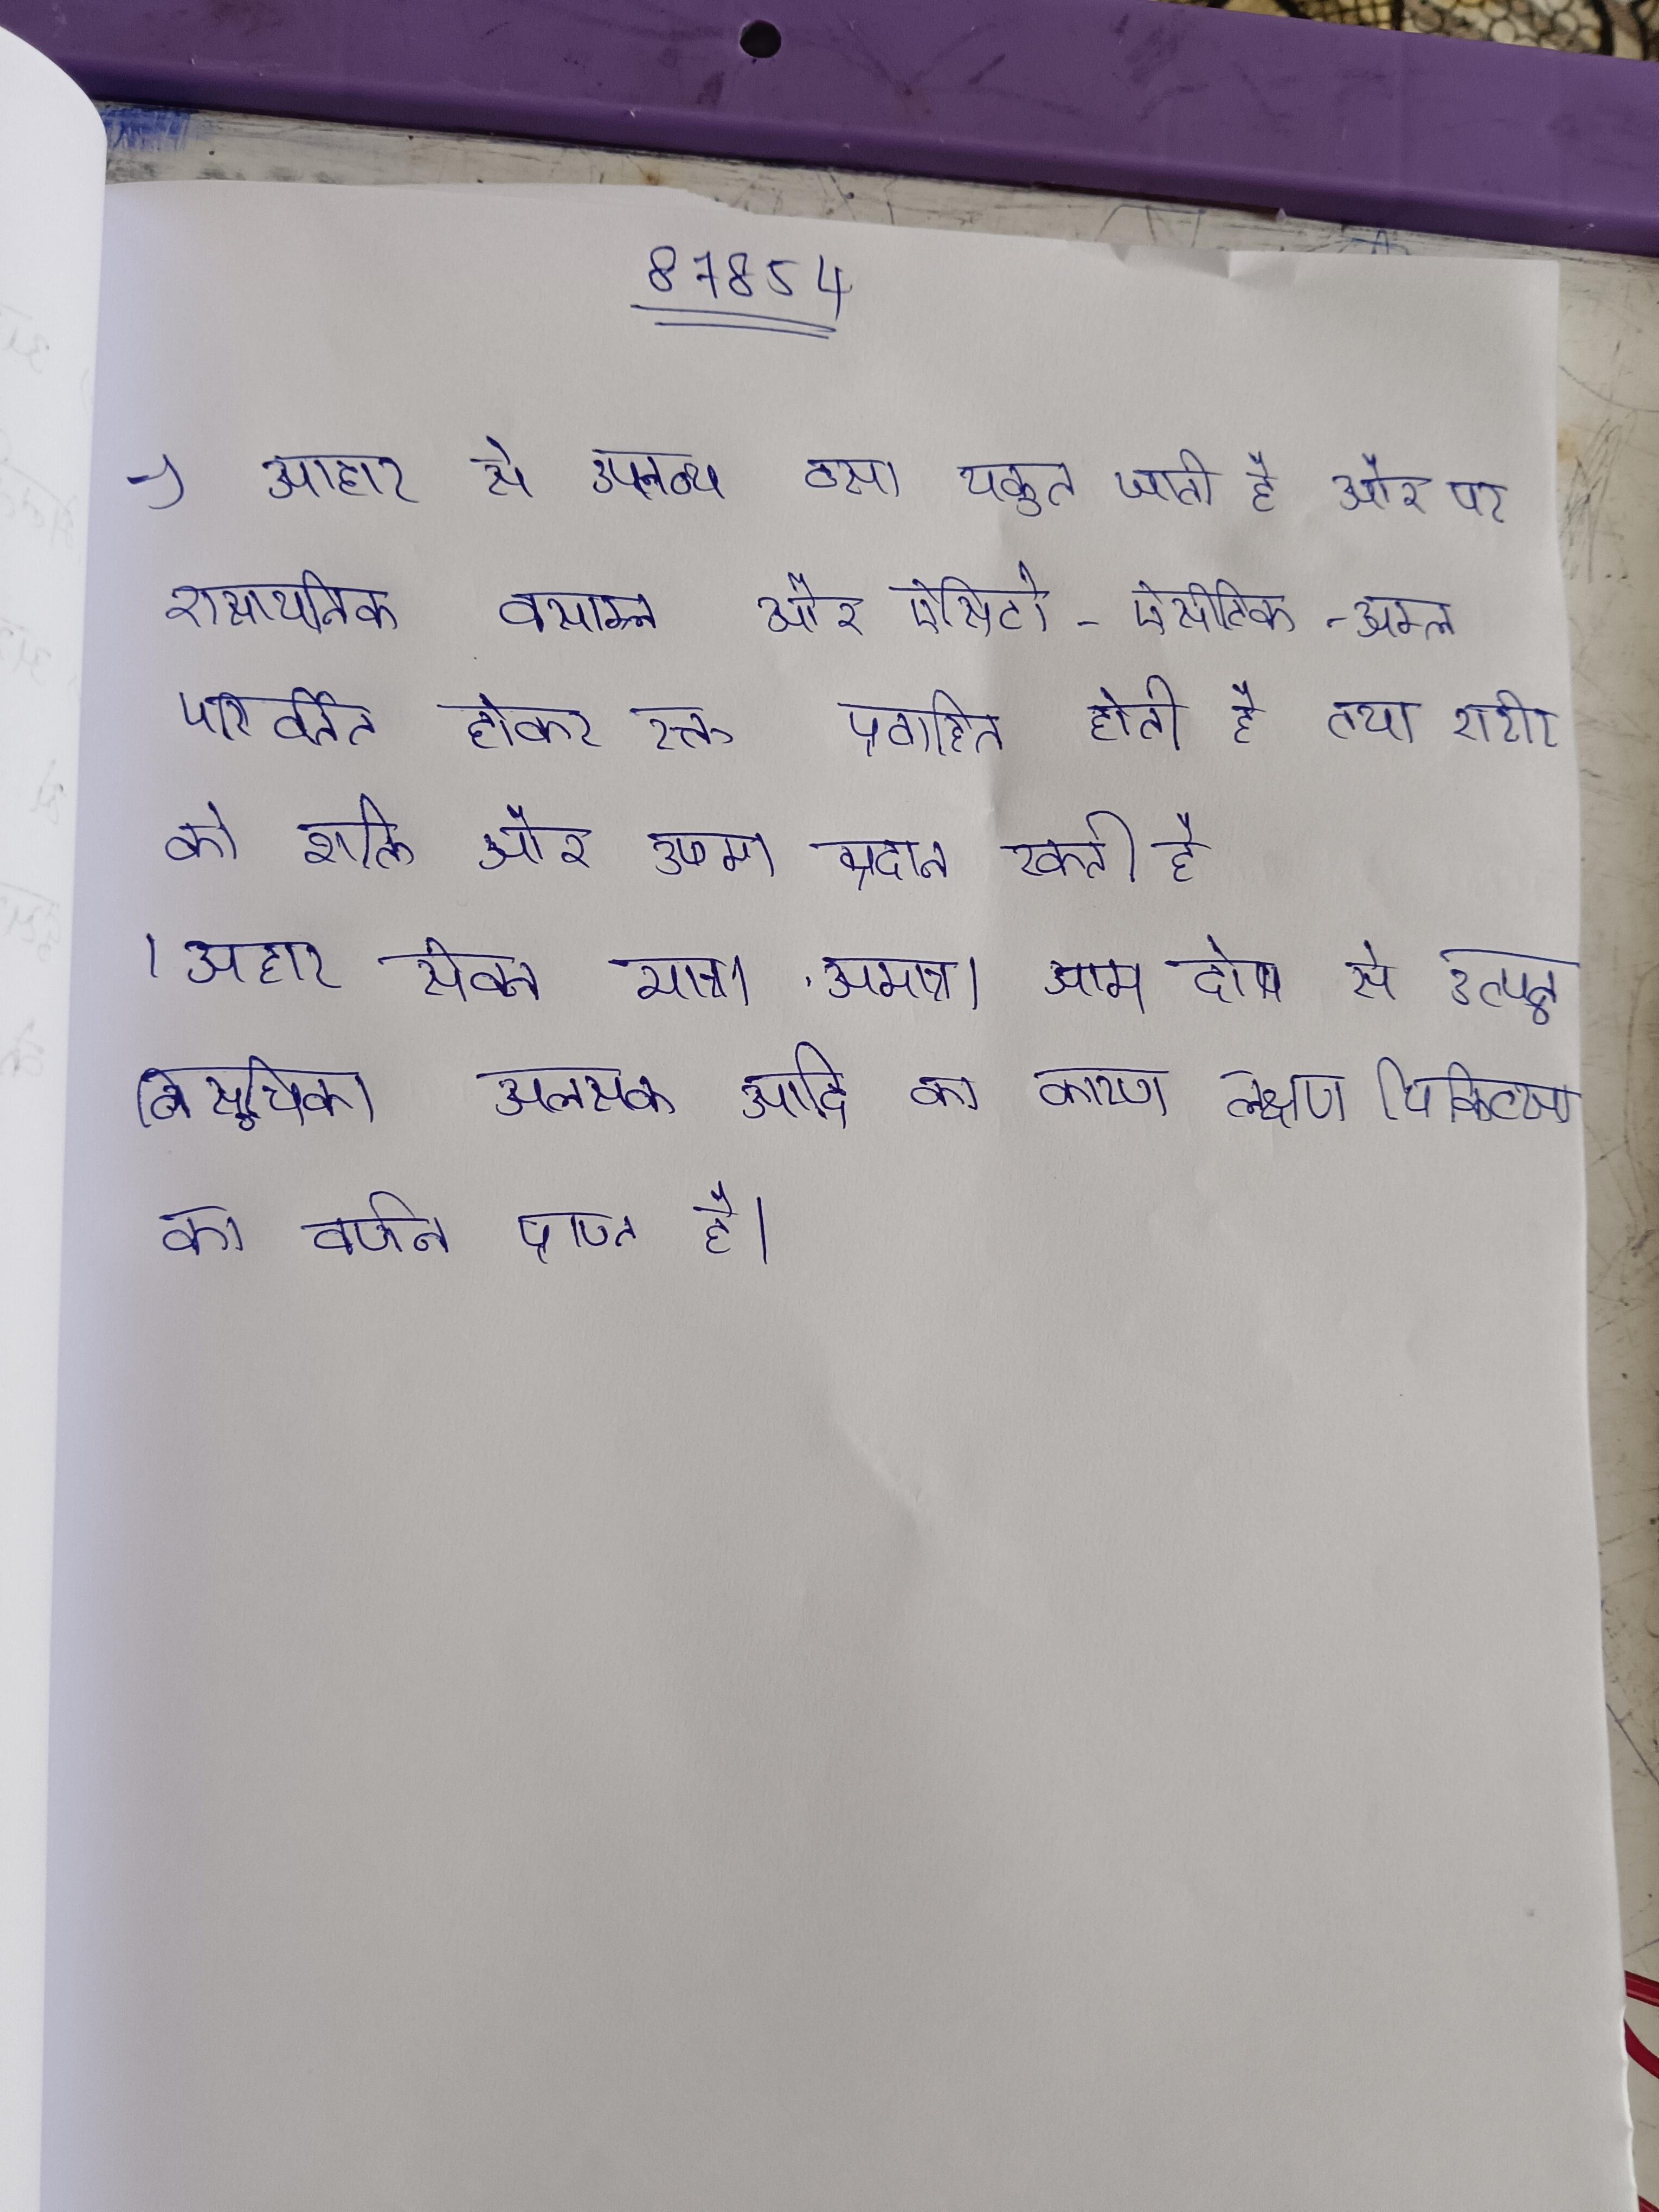
आहार से उपलब्ध वसा यकृत जाती है और पर रासायनिक वसाम्ल और ऐसिटो-ऐसीटिक-अम्ल परिवर्तित होकर रक्त प्रवाहित होती है तथा शरीर को शक्ति और उष्मा प्रदान रकती है । आहार सेवन मात्रा, अमात्रा, आम दोष से उत्पन्न, विसुचिका, अलसक आदि का कारण, लक्षण, चिकित्सा का वर्णन प्राप्त है ।